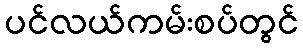
ပင်လယ်ကမ်းစပ်တွင်